65_HS1-834228961_62-HQ-83894_Section_9
Agency: FBI
Page 191
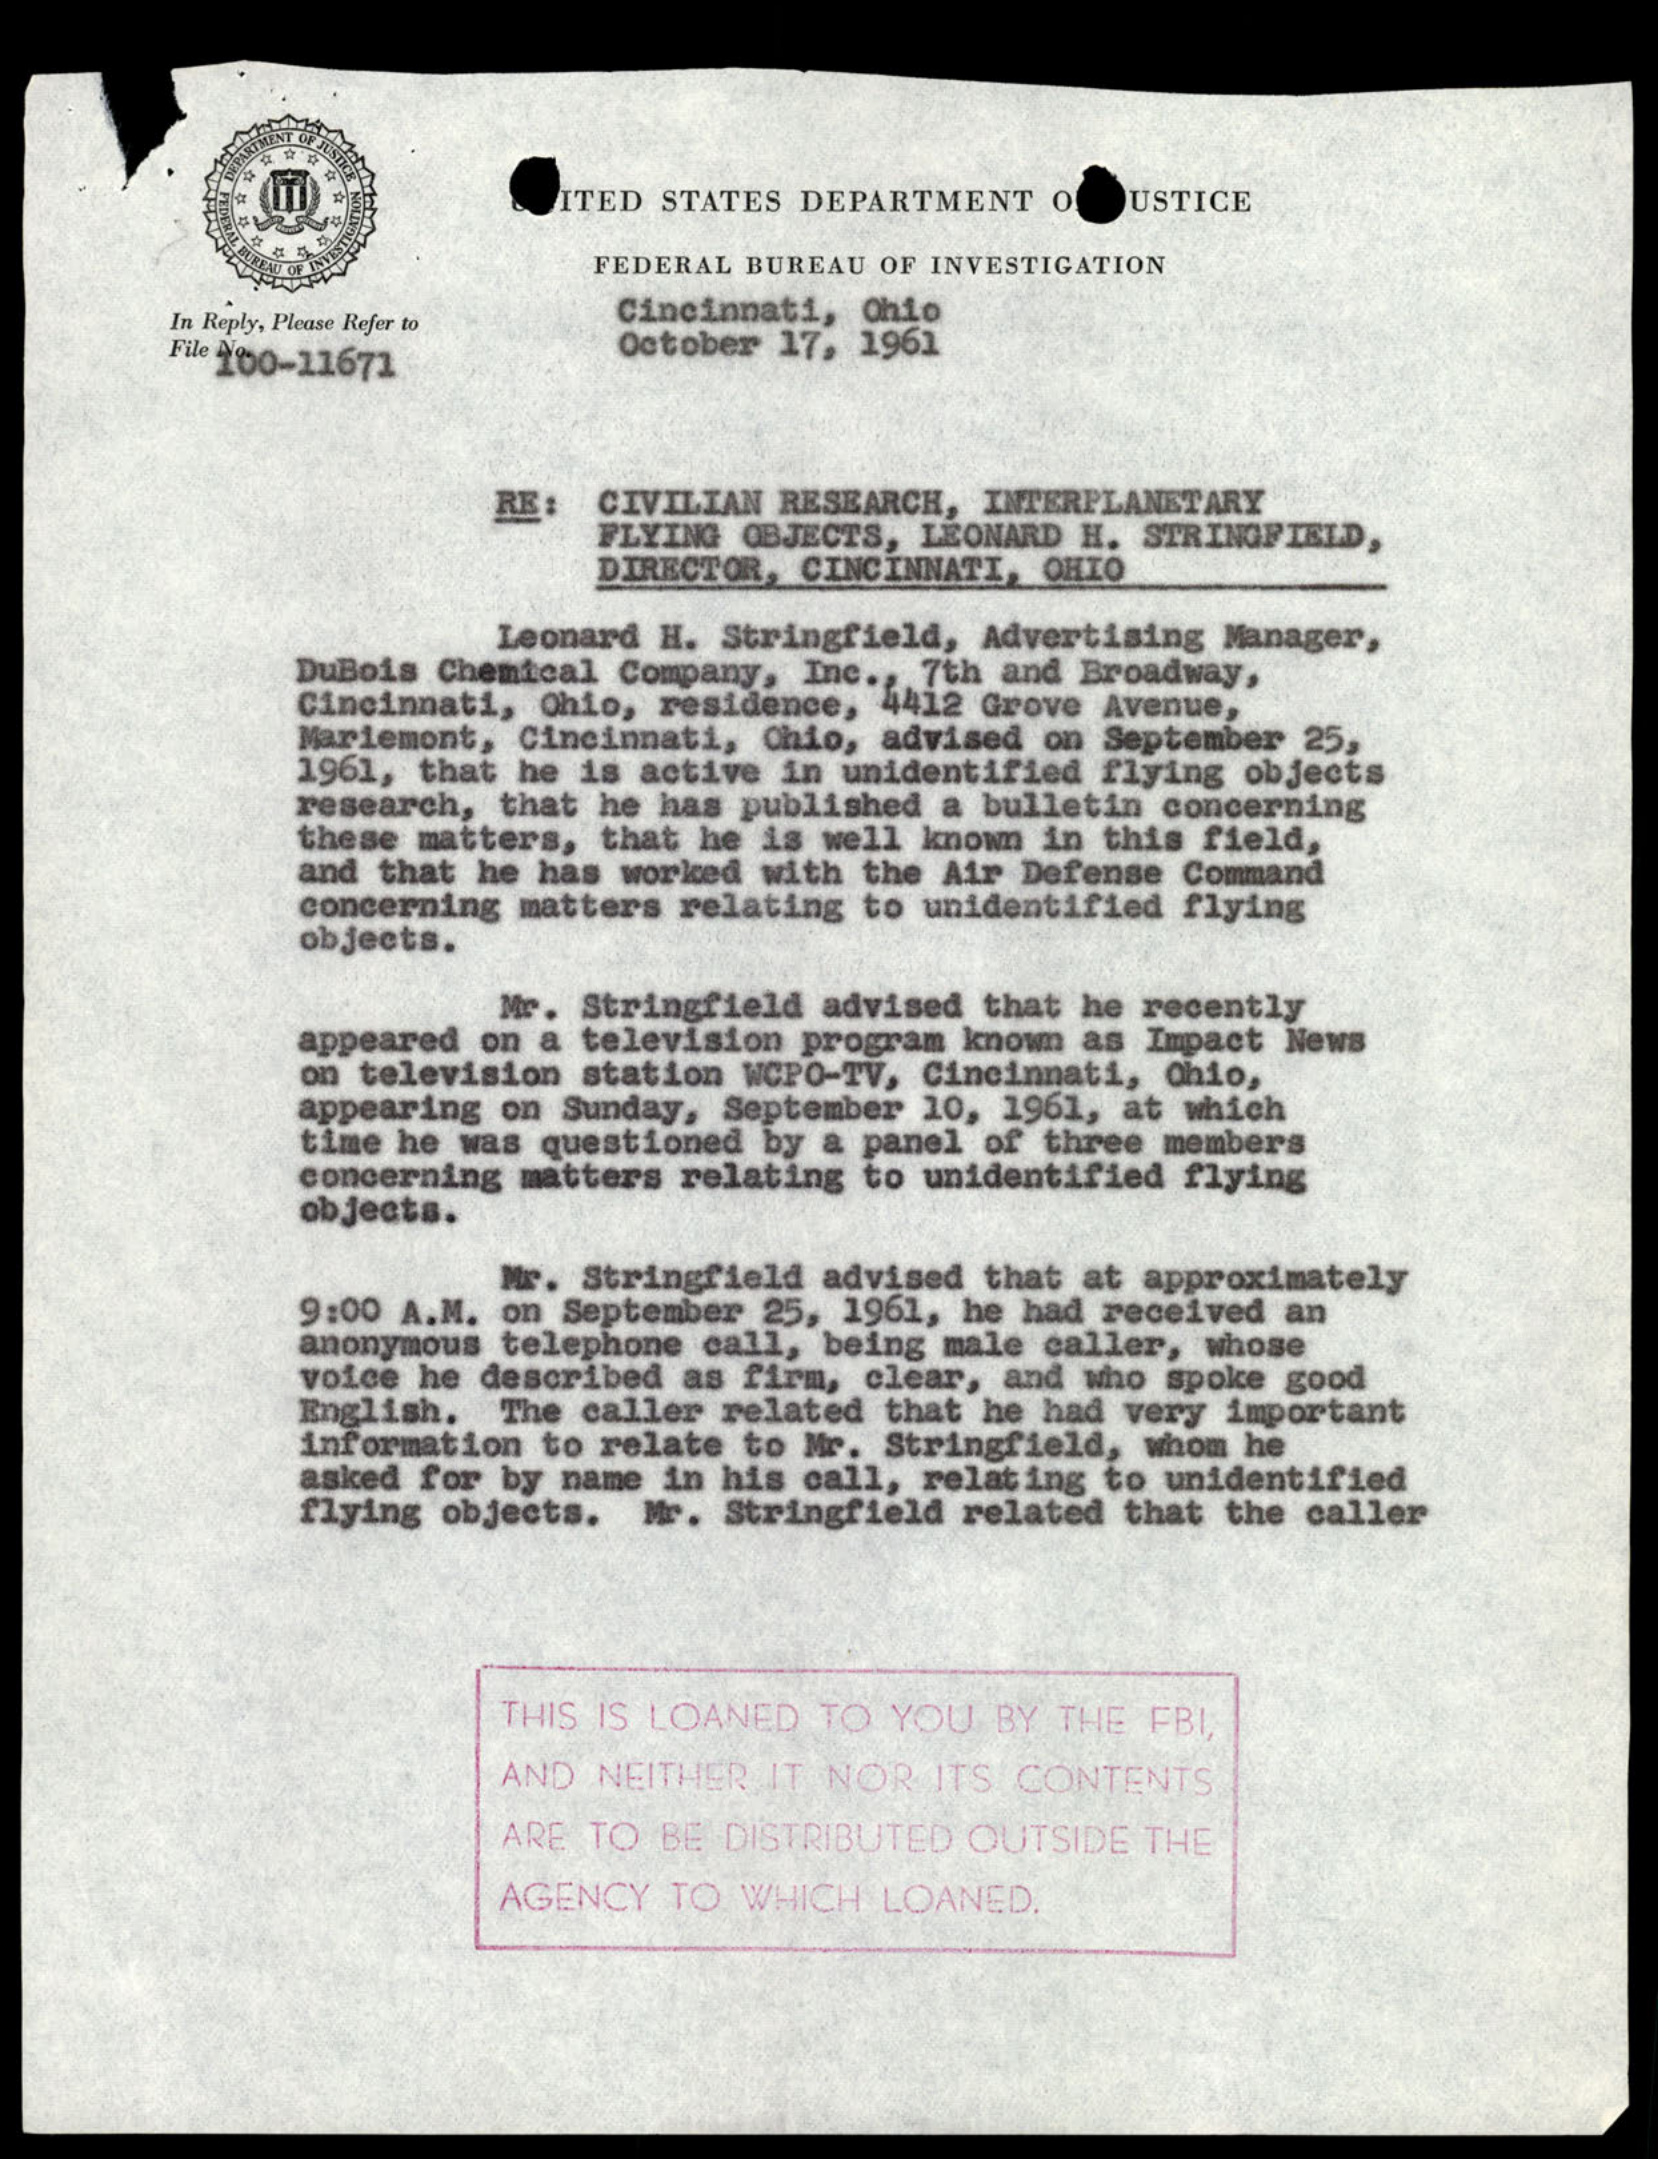